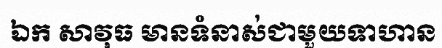
ឯក សាវុធ មានទំនាស់ជាមួយទាហាន